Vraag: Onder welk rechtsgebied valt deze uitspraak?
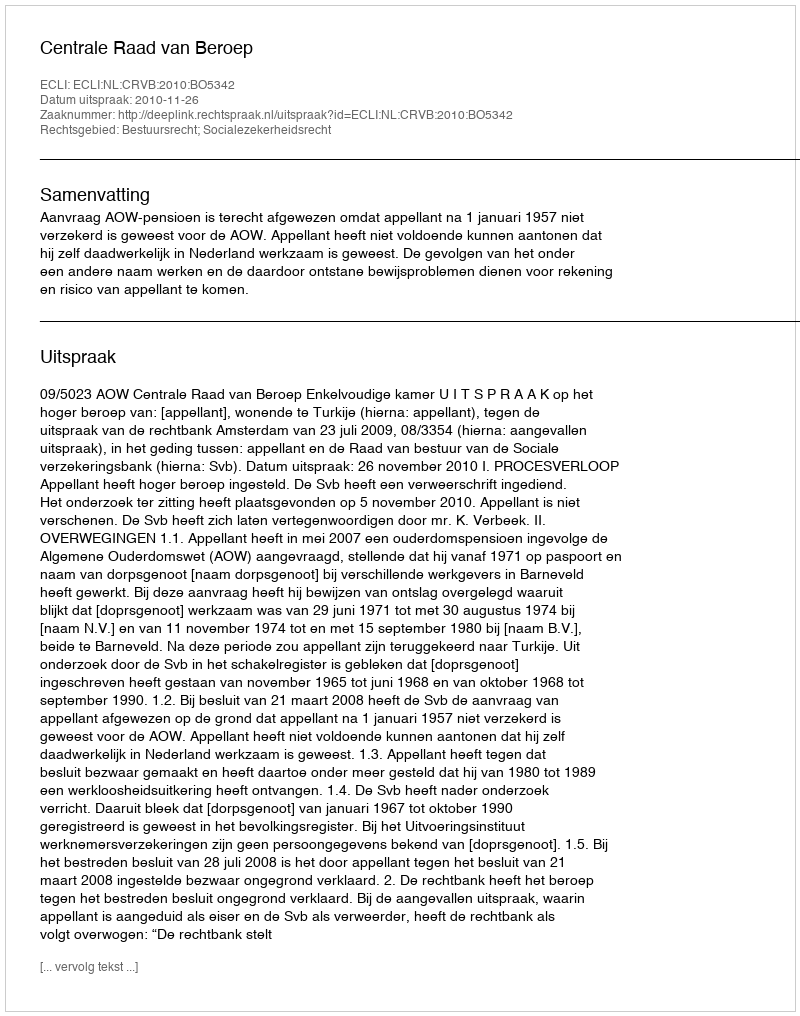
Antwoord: Bestuursrecht; Socialezekerheidsrecht